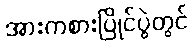
အားကစားပြိုင်ပွဲတွင်